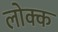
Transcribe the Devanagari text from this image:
लोक्क